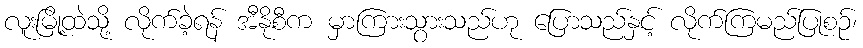
လူးမြို့ထဲသို့ လိုက်ခဲ့ရန် အီနိုစီက မှာကြားသွားသည်ဟု ပြောသည်နှင့် လိုက်ကြမည်ပြုစဉ်၊